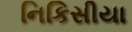
નિકિસીયા